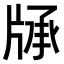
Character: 𤗓